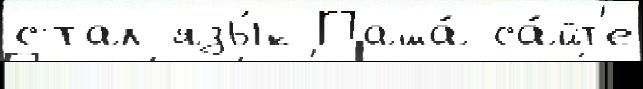
стал язы́к Паша́ са́йт'е